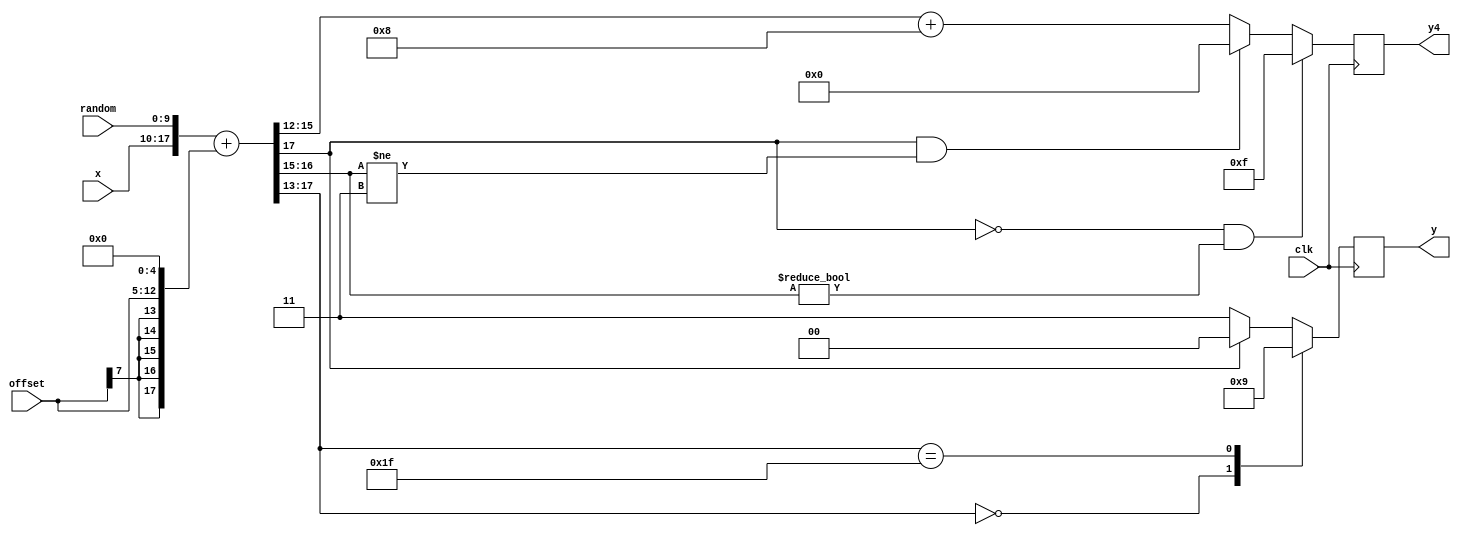
// Simple 2-bit and 4-bit quantizer
// to be replaced with an AGC scheme later
//
// GNSS Firehose
// Copyright (c) 2012 Peter Monta <pmonta@gmail.com>

module quantize(
  input clk,
  input [7:0] x,
  input [7:0] offset,
  input [9:0] random,
  output reg [1:0] y,
  output reg [3:0] y4
);

  wire [17:0] t = {x,random};
  wire [17:0] t2 = t + {{5{offset[7]}},offset,5'd0};

  always @(posedge clk)
    casex (t2)
      18'b00000xxxxxxxxxxxxx: y <= 2'b10;
      18'b11111xxxxxxxxxxxxx: y <= 2'b01;
      18'b0xxxxxxxxxxxxxxxxx: y <= 2'b11;
      default:               y <= 2'b00;
    endcase

  always @(posedge clk)
    if ((t2[17]==0) && (t2[16:15]!=2'b00))
      y4 <= 4'b1111;
    else if ((t2[17]==1) && (t2[16:15]!=2'b11))
      y4 <= 4'b0000;
    else
      y4 <= t2[15:12] + 4'd8;

endmodule